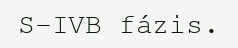
S–IVB fázis.